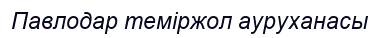
Павлодар теміржол ауруханасы